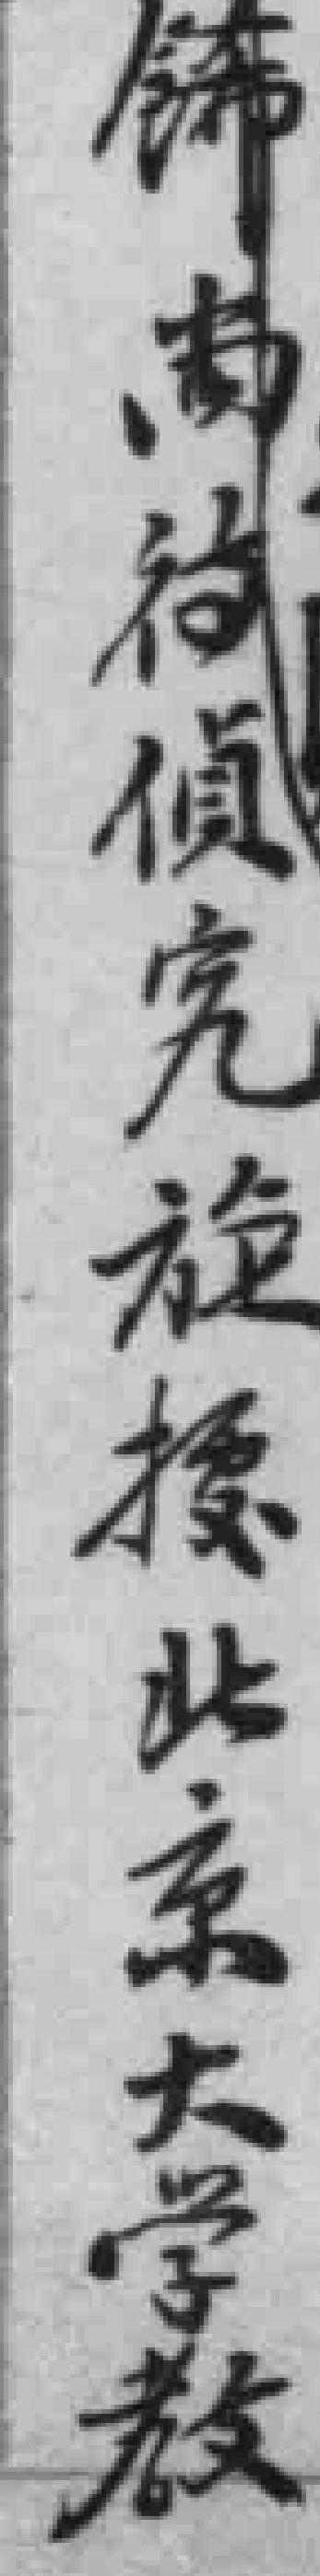
餙南传偵究旋*北京大学教